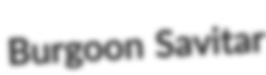
Burgoon Savitar